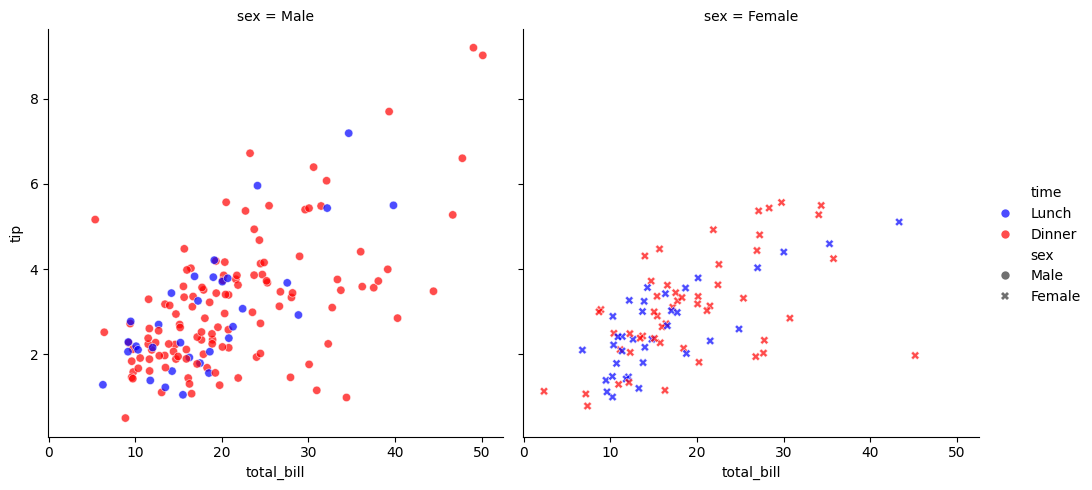
python, seaborn, relplot, alpha=0.7